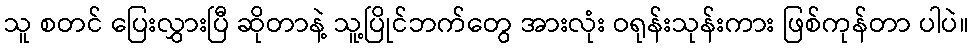
သူ စတင် ပြေးလွှားပြီ ဆိုတာနဲ့ သူ့ပြိုင်ဘက်တွေ အားလုံး ဝရုန်းသုန်းကား ဖြစ်ကုန်တာ ပါပဲ။